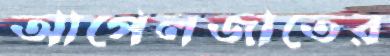
আপেলজাতের